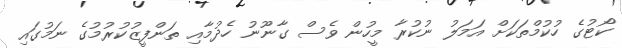
ކޯޓުގެ ހުކުމްތަކަށް އަމަލު ނުކުރާ މީހުން ވެސް ގާނޫނު ހެދުމާއި ތަންފީޒުކުރުމުގެ ނަމުގައި